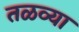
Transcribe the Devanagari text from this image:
तळव्या